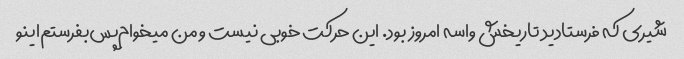
شیری که فرستادید تاریخش‌ واسه امروز بود. ‌این حرکت خوبی نیست و من میخوام‌پس‌بفرستم‌اینو